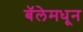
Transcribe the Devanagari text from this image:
बॅलेमधून